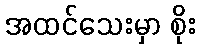
အထင်သေးမှာ စိုး